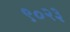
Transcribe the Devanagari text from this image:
९०२३